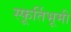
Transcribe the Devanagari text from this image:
स्फूर्तिभूमी